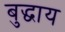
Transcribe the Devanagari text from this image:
बुद्धाय